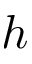
h